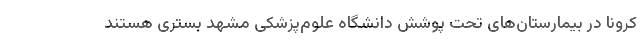
کرونا در بیمارستان‌های تحت پوشش دانشگاه علوم‌پزشکی مشهد بستری هستند